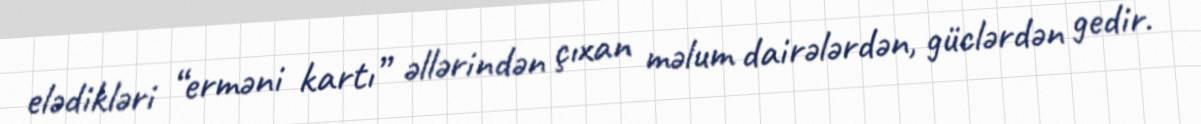
elədikləri “erməni kartı” əllərindən çıxan məlum dairələrdən, güclərdən gedir.